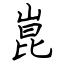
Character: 崑